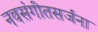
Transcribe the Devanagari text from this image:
नवसंगीतसर्जना